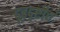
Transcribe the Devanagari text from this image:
दूरदृष्टीचं